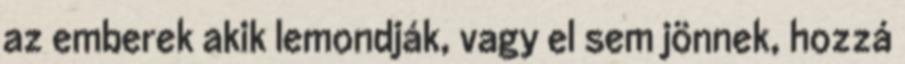
az emberek akik lemondják, vagy el sem jönnek, hozzá